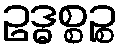
ဥဒ္ဓစ္စဉ္စ